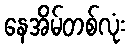
နေအိမ်တစ်လုံး